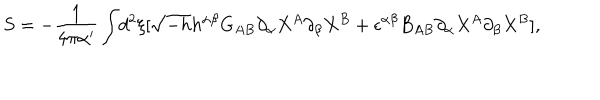
S = - \frac { 1 } { 4 \pi \alpha ^ { \prime } } \int \! d ^ { 2 } \xi [ \sqrt { - h } h ^ { \alpha \beta } G _ { A B } { \partial _ { \alpha } } X ^ { A } { \partial _ { \beta } } X ^ { B } + \epsilon ^ { \alpha \beta } B _ { A B } { \partial _ { \alpha } } { X ^ { A } } { \partial _ { \beta } } { X ^ { B } } ] ,